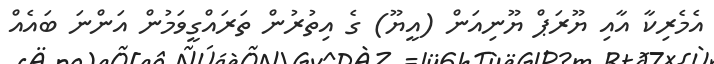
އެމެރިކާ އާއި ޔޫރަޕް ޔޫނިއަން (އީޔޫ) ގެ އިތުރުން ތަރައްގީވަމުން އަންނަ ބައެއް